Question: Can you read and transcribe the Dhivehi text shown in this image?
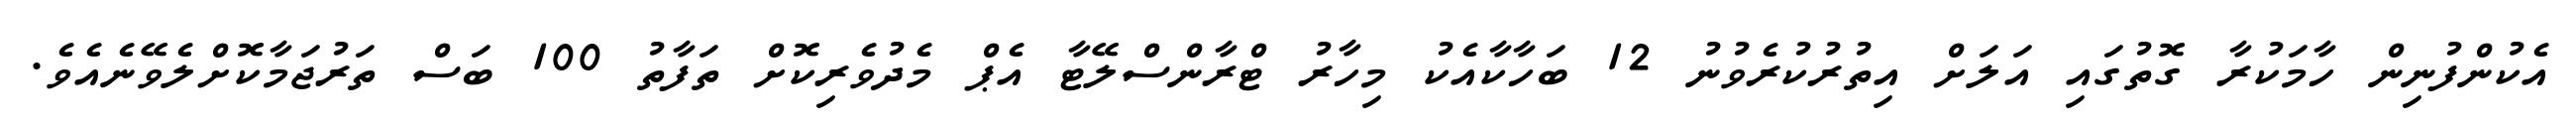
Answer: އެކުންފުނިން ހާމަކުރާ ގޮތުގައި އަލަށް އިތުރުކުރެވުނު 12 ބަހާކާއެކު މިހާރު ޓްރާންސްލޭޓާ އެޕް މެދުވެރިކޮށް ތަފާތު 100 ބަސް ތަރުޖަމާކޮށްލެވޭނެއެވެ.